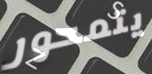
يتمحور